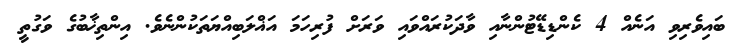
ބައިވެރިވި އަނެއް 4 ކެންޑިޑޭޓުންނާއި ވާދަކުރައްވައި ވަރަށް ފުރިހަމަ އަޣްލަބިއްޔަތަކުންނެވެ. އިންތިޚާބުގެ ވަގުތީ